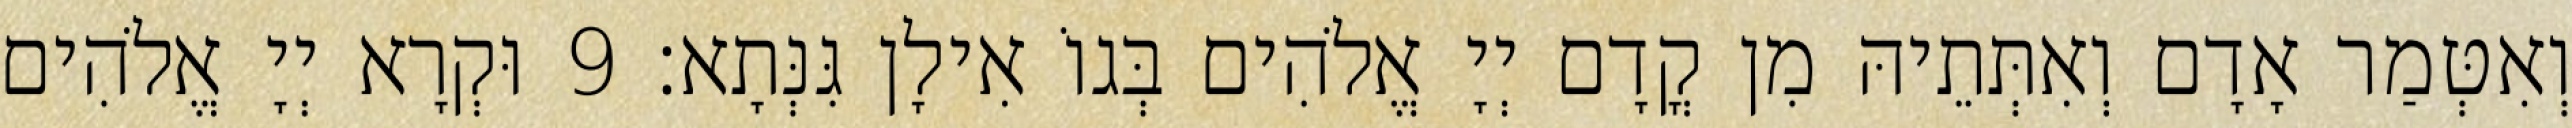
וְאִטְּמַר אָדָם וְאִתְּתֵיהּ מִן קֳדָם יְיָ אֱלֹהִים בְּגוֹ אִילָן גִּנְּתָא׃ 9 וּקְרָא יְיָ אֱלֹהִים